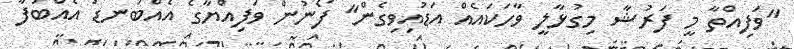
"ވަފިއްތާ މީ ފަރުޝާ މިގުޅާލީ ވާހަކައެއް އަޑުއިވިގެން" ފޯނުން ވަފިއްޔާގެ އެއްބަނޑު އެއްބަފާ